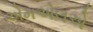
એમએલએ